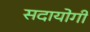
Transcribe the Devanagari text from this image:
सदायोगी